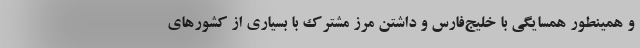
و همینطور همسایگی با خلیج‌فارس و داشتن مرز مشترک با بسیاری از کشورهای